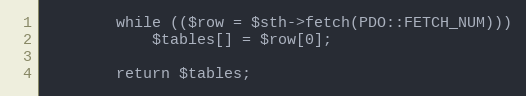
Language: PHP
		while (($row = $sth->fetch(PDO::FETCH_NUM)))
			$tables[] = $row[0];

		return $tables;